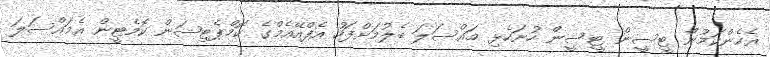
އެހެންކަމުން ޓީސީން ޓީސީން ހުށަހެޅި މައްސަލަ ބެލުމަށްފަހު އެފްއޭއެމްގެ ކޮމްޕެޓިޝަން ކޮމެޓީން އެމައްސަލަ